Juuru_vallavalitsus, lk 63
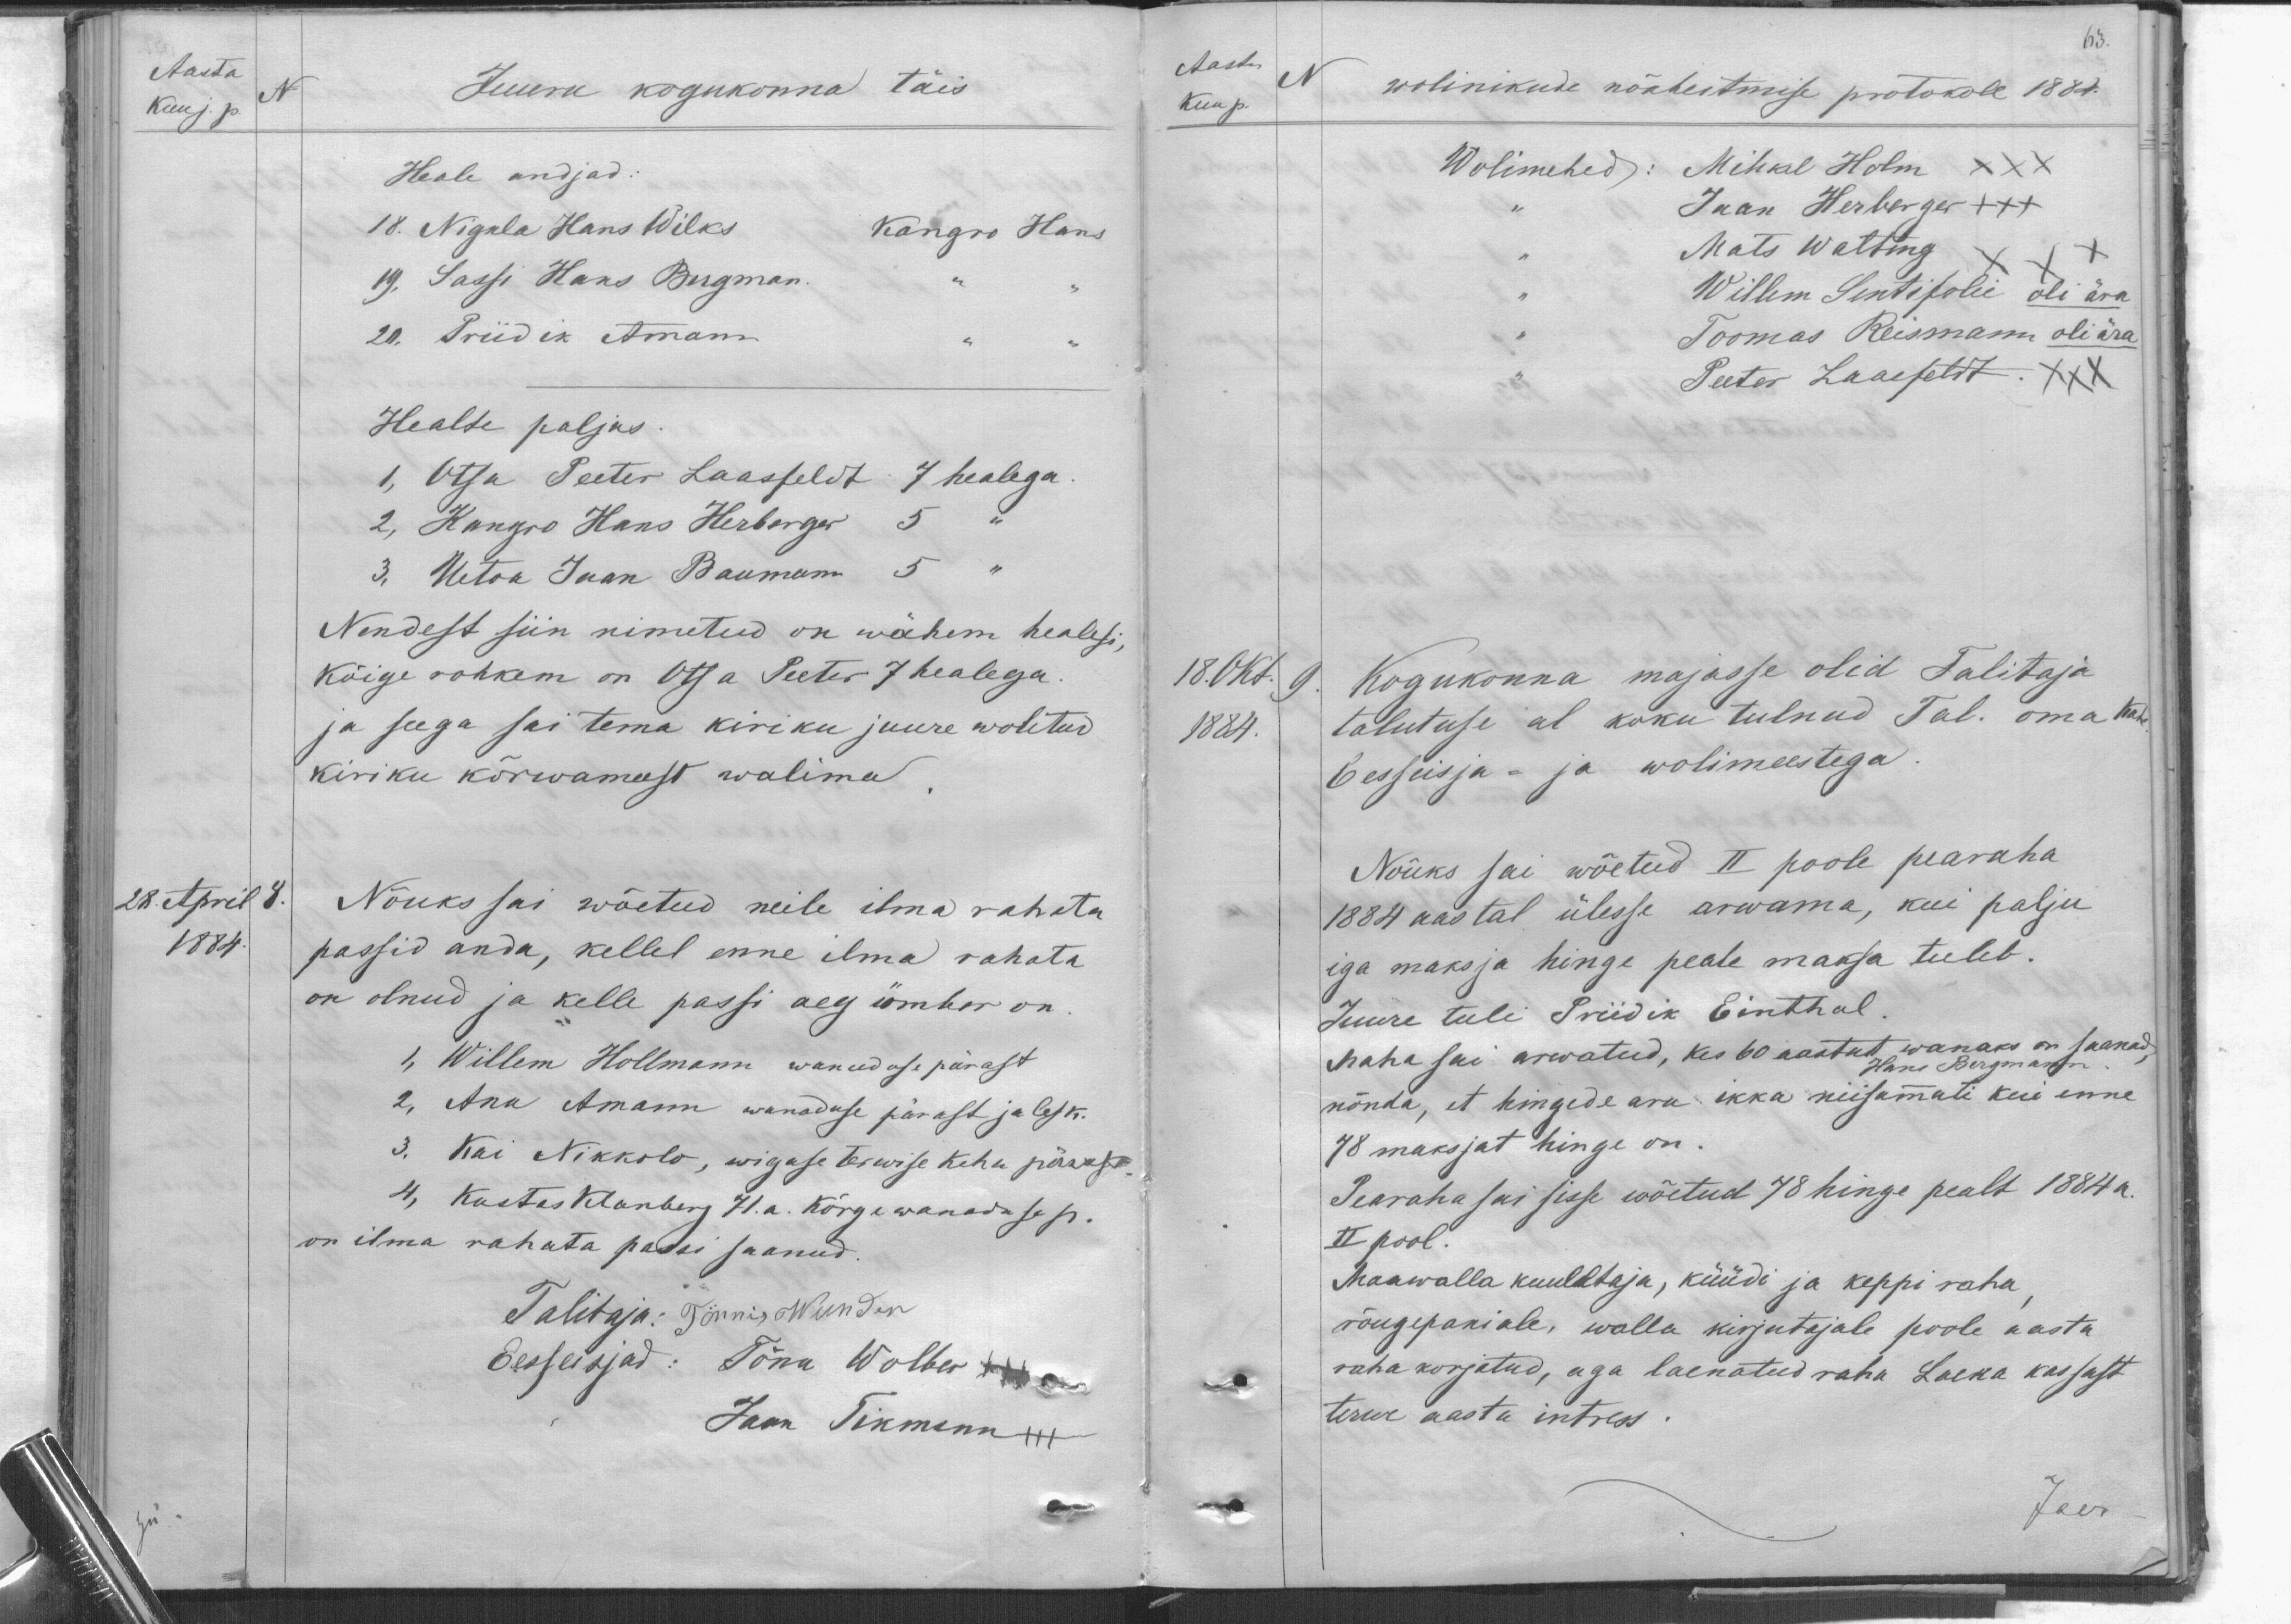
Aasta
N
Kuu j. p.
Juuru kogukonna täis
Heale andjad:
18. Nigula Hans Wilks
Kangro Hans
19. Sassi Hans Bergman.
20. Priidik Amann
Healte paljas.
1, Otsa Peeter Laasfeldt 7 healega.
2, Kangro Hans Herberger 5
3. Uetoa Jaan Baumann
5 "
Nendest siin nimetud on wähem healesi,
Kõige rohkem on Otsa Peeter 7 healega
ja seega sai tema kiriku juure wolitud
kiriku kõrwameest walima
28 April 8.
1884.
Nõuks sai wõetud neile ilma rahata
passid anda, kellel enne ilma rahata
on olnud ja kelle passi aeg ümber on
1, Willem Hollmann wanaduse pärast
2, Anu Amann wanaduse pärast ja lesk.
3. Kai Nikkolo, wigase terwise keha pärast.
4, Kustas Klanberg 71. a. Kõrgewanaduse p.
on ilma rahata passi saanud.
Talitaja: Tönnis Wunder
Eesseisjad: Tõnu Wolber XXX
Jaan Tikmann XXX

63.
Aasta N
Kuu p.
wolinikude nõaheitmise protokoll 1884.
Wolimehed: Mihkel Holm XXX
Jaan Herberger XXX
Mats watting XXX
Willem Sentifolie oli ära
Toomas Reismann oli ära
Peeter Laasfeldt . XXX
18.Okt.
9
1884.
Kogukonna majasse olid Talitaja
talutuse al koku tulnud Tal. oma kahe
Eesseisja- ja wolimeestega.
Nõuks sai wõetud II poole pearaha
1884 aastal ülesse arwama, kui palju
iga maksja hinge peale maksa tuleb.
Juure tuli Priidik Einthal.
Maha sai arwatud, kes 60 aastat wanaks on saanud,
Hans Bergmann
nõnda, et hingede aru ikka niisamuti kui enne
78 maksjat hinge on.
Pearaha sai sisse wõetud 78 hinge pealt 1884 a.
II pool.
Maawalla kuulataja, küüdi ja keppi raha,
rõugepaniale, walla kirjutajale poole aasta
raha korjatud, aga laenatud raha Laeka kassast
terwe aasta intress.
Jaer